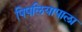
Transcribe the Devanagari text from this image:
पिपलियापाला